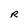
Character: R